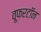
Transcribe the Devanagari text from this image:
वूफरटॉन